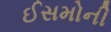
ઈસમોની